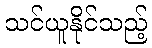
သင်ယူနိုင်သည့်